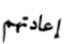
إعادتهم